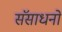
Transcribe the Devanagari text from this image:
सॅसाधनो